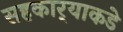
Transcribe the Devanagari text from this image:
सहकार्‍याकडे